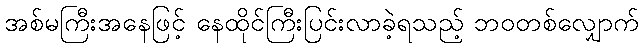
အစ်မကြီးအနေဖြင့် နေထိုင်ကြီးပြင်းလာခဲ့ရသည့် ဘဝတစ်လျှောက်